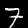
Label: 7